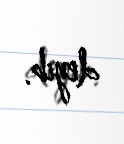
deyib.